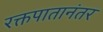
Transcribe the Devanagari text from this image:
रक्तपातानंतर